Vaccination in Bombay 1902-1912 - 1902-1912
Year: 1902
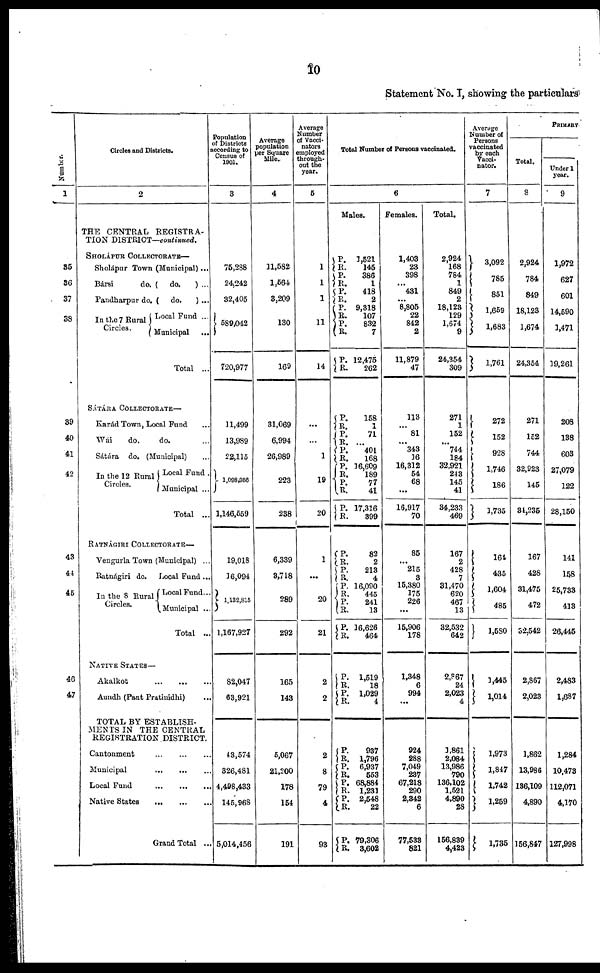
10
Statement No. I, showing the particulars
Number.
1
35
36
37
38
39
40
41
42
43
44
45
46
4.7
Circles and Districts.
2
THE CENTRAL REGISTRA-
TION DISTRICT—continued.
Sholápur Town (Municipal)...
Bársi
do. ( do.
) ...
Pandharpur do. ( do.
) ...
In the 7 Rural
Circles.
Local Fund ...
Municipal ...
Total ...
SÁTÁRA COLLECTORATE—
Karád Town, Local Fund ...
Wái
do.
do.
Sátára do. (Municipal)
In the 12 Rural
Circles.
Local Fund .
Municipal ...
Total ...
RATNÁGIRI COLLECTORATE—
Veugurla Town (Municipal) ...
Ratnágiri do. Local Fund ...
In the 8 Rural
Circles.
Local Fund...
Municipal ...
Total ...
NATIVE STATES—
Akalkot
...
...
...
Aundh (Pant Pratinidhi) ...
TOTAL BY ESTABLISH-
MENTS IN THE CENTRAL
REGISTRATION DISTRICT.
Cantonment
...
...
...
Municipal
...
...
...
Local Fund
...
...
...
Native States
...
...
...
Grand Total ...
Population
of Districts
according to
Census of
1901.
3
75,288
24,242
32,405
589,042
720,977
11,499
13,989
22,115
1,098,956
1,146,559
19,018
16,094
1,132,815
1,167,927
82,047
63,921
43,574
326,481
4,498,433
145,968
5,014,456
Average
population
per Square
Mile.
4
11,582
1,564
3,209
130
169
31,069
6,994
26,989
223
238
6,339
3,718
289
292
165
143
5,067
21,200
178
154
191
Average
Number
of Vacci¬
nators
employed
through-
out the
year.
5
1
1
1
11
14
...
...
1
19
20
1
...
20
21
2
2
2
8
79
4
93
Total Number of Persons vaccinated.
6
Males.
P.
R.
P.
R.
P.
R.
P.
R.
P.
R.
P.
R.
P.
R.
P.
R.
P.
R.
P.
R.
P.
R.
P.
R.
P.
R.
P.
R.
P.
R.
P.
R.
P.
R.
P.
R.
P.
R.
P.
R.
P.
R.
P.
R.
P.
R.
P.
R.
1,521
145
386
1
418
2
9,318
107
832
7
12,475
262
158
1
71
... 401
168
16,609
189
77
41
17,316
399
82
2
213
4
16,090
445
241
13
16,626
464
1,519
18
1,029
4
937
1,796
6,937
553
68,884
1,231
2,548
22
79,306
3,602
Females.
1,403
23
398
...
431
...
8,805
22
842
2
11,879
47
113
... 81
... 343
16
16,312
54
68
...
16,917
70
85
... 215
3
15,380
175
226
...
15,906
178
1,348
6
994
...
924
288
7,049
237
67,218
290
2,342
6
77,533
821
Total.
2,924
168
784
1
849
2
18,123
129
1,674
9
24,354
309
271
1
152
... 744
184
32,921
243
145
41
34,233
469
167
2
428
7
31,470
620
467
13
32,532
642
2,867
24
2,023
4
1,861
2,084
13,986
790
136,102
1,521
4,890
28
156,839
4,423
Average
Number of
Persons
vaccinated
by each
Vacci¬
nator.
7
3,092
785
851
1,659
1,683
1,761
272
152
928
1,746
186
1,735
161
435
1,604
485
1,580
1,445
1,014
1,973
1,847
1,742
1,259
1,735
PRIMARY
Total.
8
2,924
784
849
18,123
1,674
24,354
271
152
744
32,923
145
34,235
167
428
31,475
472
32,542
2,867
2,023
1,862
13,986
136,109
4,890
156,847
Under 1
year.
9
1,972
627
601
14,590
1,471
19,261
208
138
603
27,079
122
28,150
141
148
25,733
413
26,445
2,483
1,687
1,284
10,473
112,071
4,170
127,998